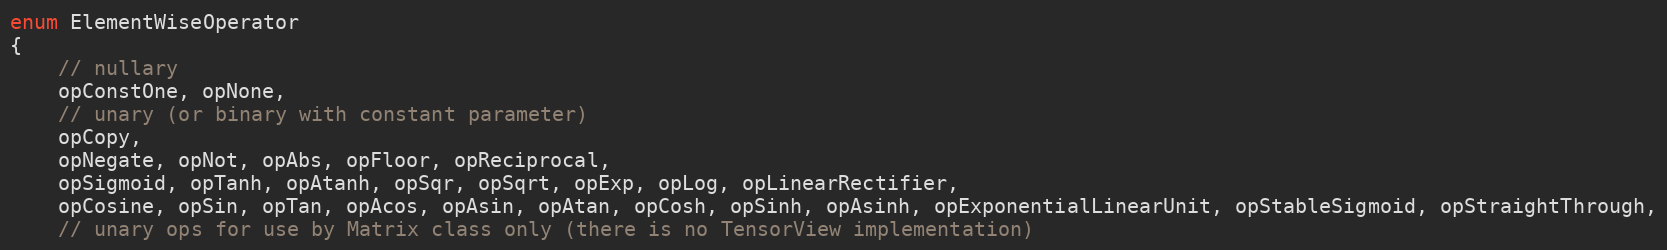
Language: C
enum ElementWiseOperator
{
    // nullary
    opConstOne, opNone,
    // unary (or binary with constant parameter)
    opCopy,
    opNegate, opNot, opAbs, opFloor, opReciprocal,
    opSigmoid, opTanh, opAtanh, opSqr, opSqrt, opExp, opLog, opLinearRectifier,
    opCosine, opSin, opTan, opAcos, opAsin, opAtan, opCosh, opSinh, opAsinh, opExponentialLinearUnit, opStableSigmoid, opStraightThrough,
    // unary ops for use by Matrix class only (there is no TensorView implementation)